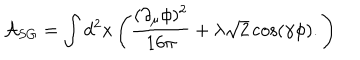
\mathcal { A } _ { S G } = \int d ^ { 2 } x \left( \frac { ( \partial _ { \mu } \phi ) ^ { 2 } } { 1 6 \pi } + \lambda \sqrt { 2 } \cos ( \gamma \phi ) . \right)